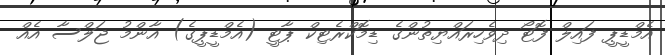
އެމްޑީޕީ ފައިލް ފޮޓޯ ދިވެހިރައްޔިތުންގެ ޑިމޮކްރެޓިކް ޕާޓީ (އެމްޑީޕީގެ) އާންމު ޖަލްސާ އެއް